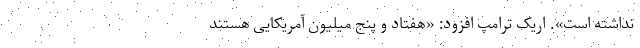
نداشته است». اریک ترامپ افزود: «هفتاد و پنج میلیون آمریکایی هستند